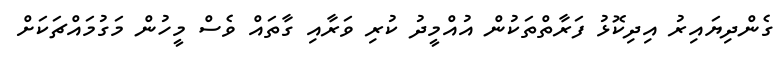
ގެންދިޔައިރު އިދިކޮޅު ފަރާތްތަކުން އުއްމީދު ކުރި ވަރާއި ގާތައް ވެސް މީހުން މަގުމައްޗަކަށް